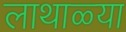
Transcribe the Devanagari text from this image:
लाथाळ्या